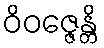
ဝိဝဇ္ဇေန္တိ